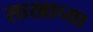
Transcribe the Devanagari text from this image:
साखाच्या